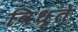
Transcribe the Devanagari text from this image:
विधृते